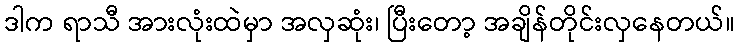
ဒါက ရာသီ အားလုံးထဲမှာ အလှဆုံး၊ ပြီးတော့ အချိန်တိုင်းလှနေတယ်။